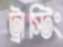
ট্রাস্টিং